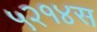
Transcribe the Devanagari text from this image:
५२१४स